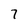
Character: 7